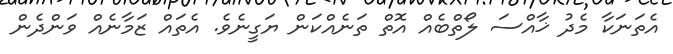
އެތަނަކާ މެދު ޚާއްސަ ލޯތްބެއް އޮތް ތަނެއްކަން ޔަގީނެވެ. އެތައް ޒަމާނެއް ވަންދެން